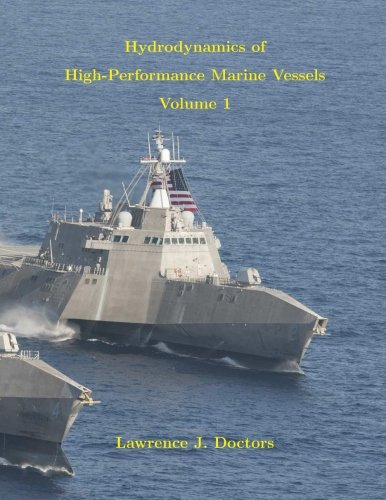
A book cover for Hydrodynamics of High-Performance Marine Vessels: Volume 1; Prof Lawrence J. Doctors; Engineering & Transportation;